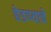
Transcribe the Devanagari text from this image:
छेडण्याचे